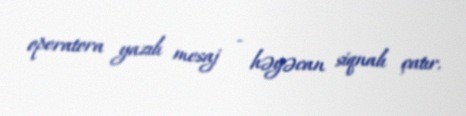
operatora yazılı mesaj - həyəcan siqnalı çatır.